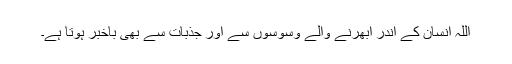
اللہ انسان کے اندر ابھرنے والے وسوسوں سے اور جذبات سے بھی باخبر ہوتا ہے۔